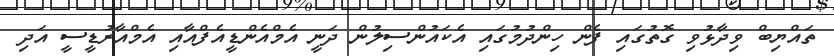
ތައްޔިބް ވިދާޅުވި ގޮތުގައި ފެން ހިންދުމުގައި އެކައުންސިލުން ދަނީ އެމްއެންޑީއެފްއާއި އެމްއާރުޑީސީ އަދި